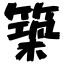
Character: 築